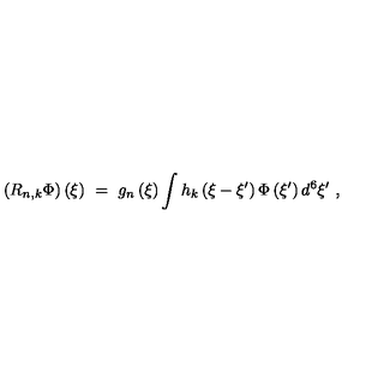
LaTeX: \left( R _ { n , k } \Phi \right) \left( \xi \right) \ = \ g _ { n } \left( \xi \right) \int h _ { k } \left( \xi - \xi ^ { \prime } \right) \Phi \left( \xi ^ { \prime } \right) d ^ { 6 } \xi ^ { \prime } \ ,